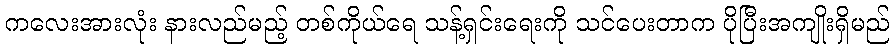
ကလေးအားလုံး နားလည်မည့် တစ်ကိုယ်ရေ သန့်ရှင်းရေးကို သင်ပေးတာက ပိုပြီးအကျိုးရှိမည်